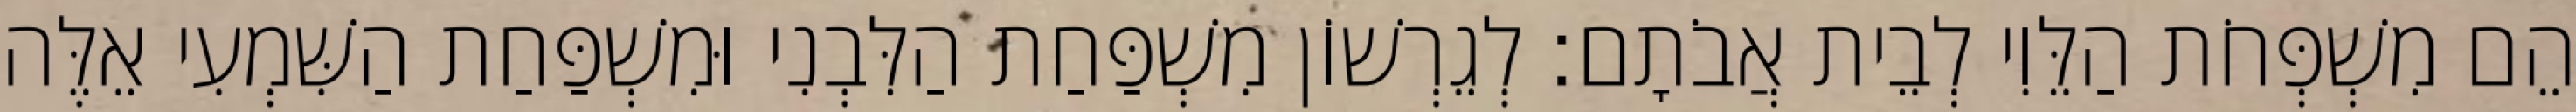
הֵם מִשְׁפְּחֹת הַלֵּוִי לְבֵית אֲבֹתָם׃ לְגֵרְשׁוֹן מִשְׁפַּחַת הַלִּבְנִי וּמִשְׁפַּחַת הַשִּׁמְעִי אֵלֶּה